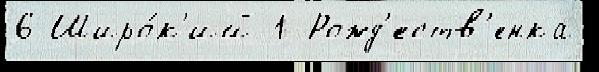
6 Широ́к'ий 1 Рожд'еств'енка